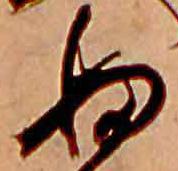
ぬ